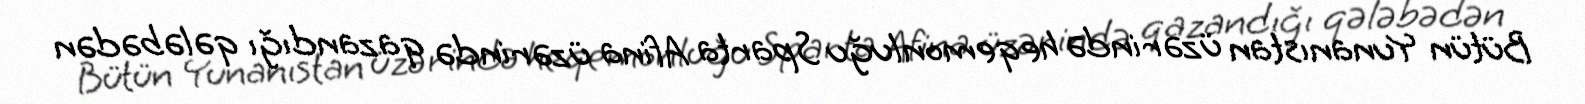
Bütün Yunanıstan üzərində heqemonluğu Sparta Afina üzərində qazandığı qələbədən